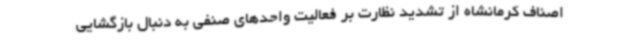
اصناف کرمانشاه از تشدید نظارت بر فعالیت واحدهای صنفی به دنبال بازگشایی